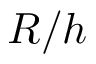
R / h